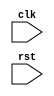
module synchronous_reset (
  input wire clk,
  input wire rst,
  // other input/output declarations
);

// Register declaration
reg [7:0] data_reg;

// Always block triggered on posedge of reset signal
always @(posedge rst) begin
  if(rst) begin
    // Reset all registers/flip-flops to initial values
    data_reg <= 8'b00000000;
    // Other reset operations
  end
end

// Other logic and functionality of the module

endmodule